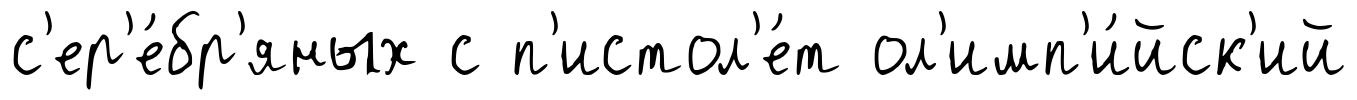
с'ер'е́бр'яных с п'истол'е́т ол'имп'и́йск'ий